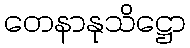
တေနာနုသိဋ္ဌော